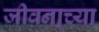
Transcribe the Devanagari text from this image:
जीवना्च्या